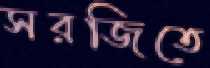
সরজিতে